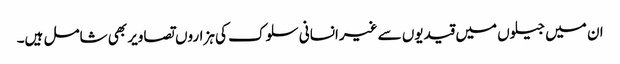
ان میں جیلوں میں قیدیوں سے غیرانسانی سلوک کی ہزاروں تصاویر بھی شامل ہیں۔